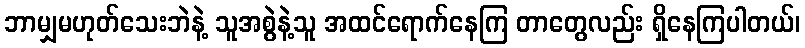
ဘာမျှမဟုတ်သေးဘဲနဲ့ သူအစွဲနဲ့သူ အထင်ရောက်နေကြ တာတွေလည်း ရှိနေကြပါတယ်၊